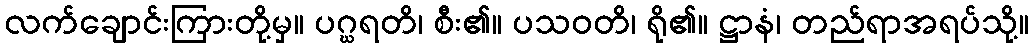
လက်ချောင်းကြားတို့မှ။ ပဂ္ဃရတိ၊ စီး၏။ ပသဝတိ၊ ရို၏။ ဋ္ဌာနံ၊ တည်ရာအရပ်သို့။